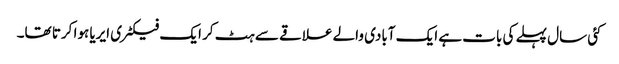
کئی سال پہلے کی بات ہے ایک آبادی والے علاقے سے ہٹ کر ایک فیکٹری ایریا ہوا کرتا تھا۔